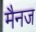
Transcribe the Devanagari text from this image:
मैनज